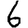
Digit: 6